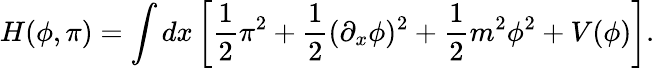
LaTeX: H(\phi,\pi)=\int dx\left[{\frac{1}{2}}\pi^{2}+{\frac{1}{2}}(\partial_{x}\phi)^{2}+{\frac{1}{2}}m^{2}\phi^{2}+V(\phi)\right].